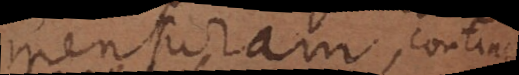
mensuram, continge